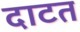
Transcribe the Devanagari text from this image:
दाटत